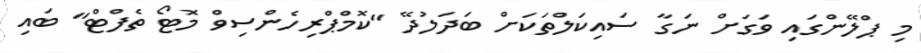
މި ޕްލޭންގައި ވަގަށް ނަގާ ސައިކަލްތަކަށް ބަދަލުދޭ "ކޮމްޕްރިހެންސިވް މޮޓޯ ތެފްޓް" ބައި